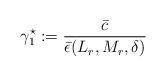
LaTeX: \begin{align*}\gamma_1^\star := \dfrac{\bar c}{ \bar \epsilon(L_r,M_r, \delta)}\end{align*}